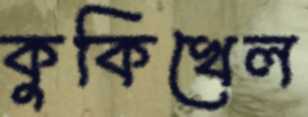
কুকিখেল